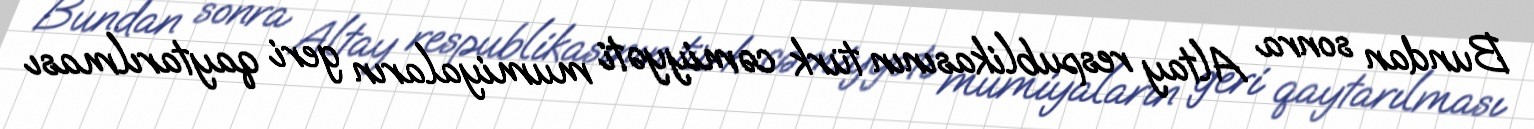
Bundan sonra Altay respublikasının türk cəmiyyəti mumiyaların geri qaytarılması